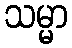
သမ္မာ